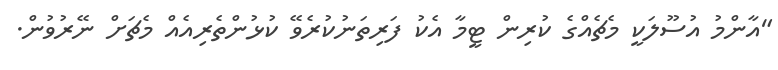
"އާންމު އުސޫލަކީ މެޗެއްގެ ކުރިން ޓީމާ އެކު ފަރިތަނުކުރެވޭ ކުޅުންތެރިއެއް މެޗަށް ނޭރުވުން.